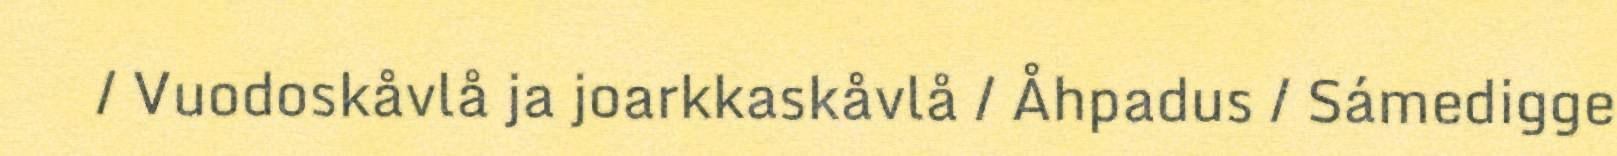
/ Vuodoskåvlå ja joarkkaskåvlå / Åhpadus / Sámedigge